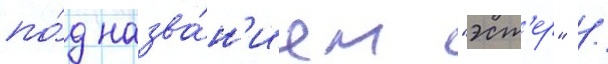
по́д назва́н'ием "эст'ер" /